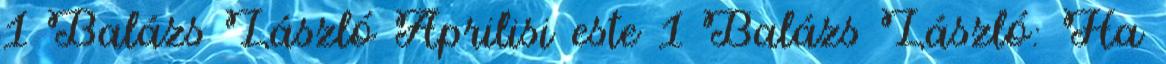
1 Balázs László Áprilisi este 1 Balázs László: Ha